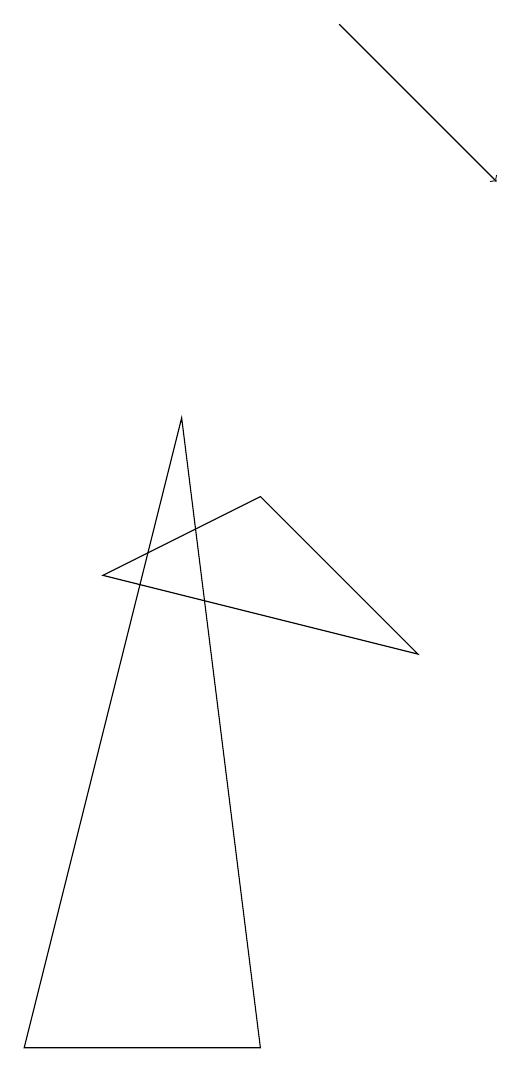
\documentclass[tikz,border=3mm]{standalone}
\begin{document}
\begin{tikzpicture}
\draw (3,9) -- (4,1) -- (1,1) -- cycle;
\draw[->] (5,14) -- (7,12);
\draw (2,7) -- (6,6) -- (4,8) -- cycle;
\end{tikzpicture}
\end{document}